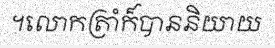
។លោកត្រាំក៏បាននិយាយ